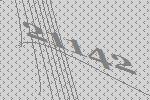
21142